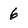
Character: 6